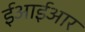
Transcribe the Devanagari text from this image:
ईआईआर